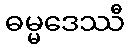
ဓမ္မဒေဿီ